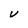
Character: U